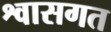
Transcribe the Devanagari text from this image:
श्वासगत